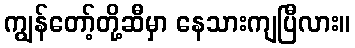
ကျွန်တော့်တို့ဆီမှာ နေသားကျပြီလား။